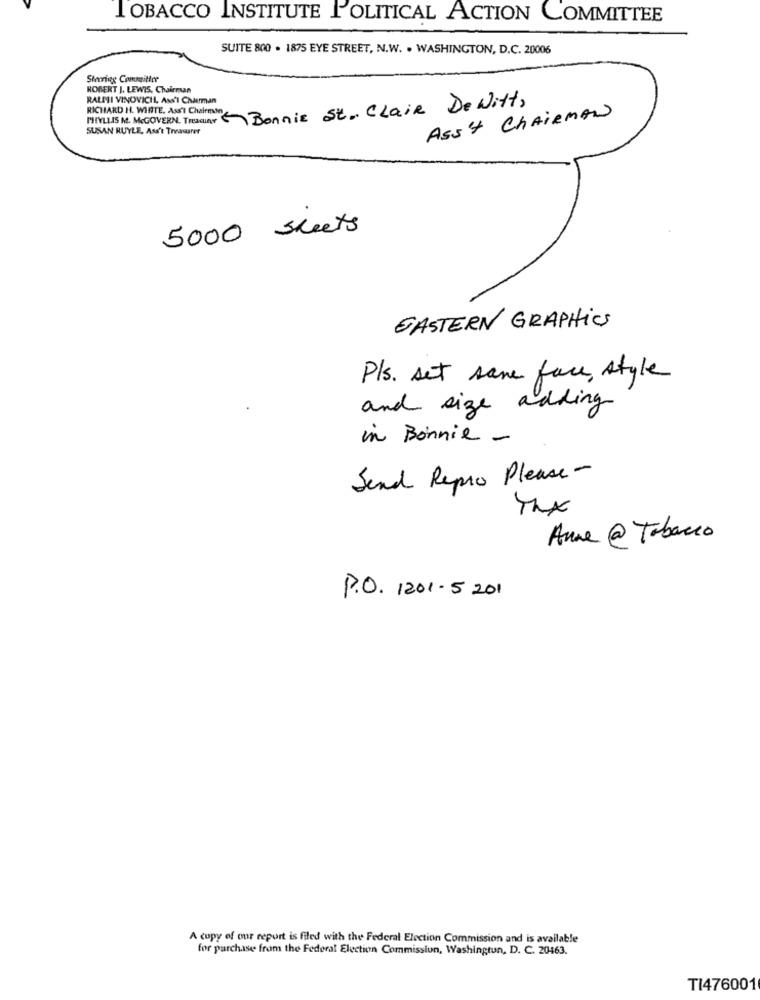
TOBACCO INSTITUTE POLITICAL ACTION COMMITTEE
SUITE 800 . 1875 EYE STREET, N.W. . WASHINGTON, D.C. 20006
Storing Committee
ROBERT J. LEWIS, Chairman
RALMI VINOVICH, Asti Chderman
MIYLIS M. MCGOVERN. Treaquar Bonnie St. Clair De Witt,
RICHARD H. WINTE. Ass'I Chairman
Ass'4 CHAIRMAN
SUSAN RUYLE, Ass't Treasurer
5000 sheets
GASTERN GRAPHICS
P/s. set save face, style
and size adding
in Bonnie -
Send Repro Please-
Anne @ Tabacco
P.O. 1201-5 201
A copy of our report is filed with the Federal Election Commission and is available
for purchase from the Federal Election Commission, Washington, D. C. 20463.
TI476001